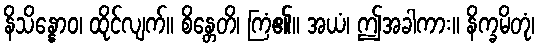
နိသိန္နောဝ၊ ထိုင်လျက်။ စိန္တေတိ၊ ကြံ၏။ အယံ၊ ဤအခါကား။ နိက္ခမိတုံ၊